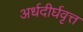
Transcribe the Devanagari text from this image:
अर्धदीर्घवृत्त